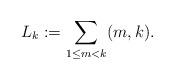
LaTeX: \begin{align*}L_k:=\sum_{1\leq m<k}(m,k).\end{align*}